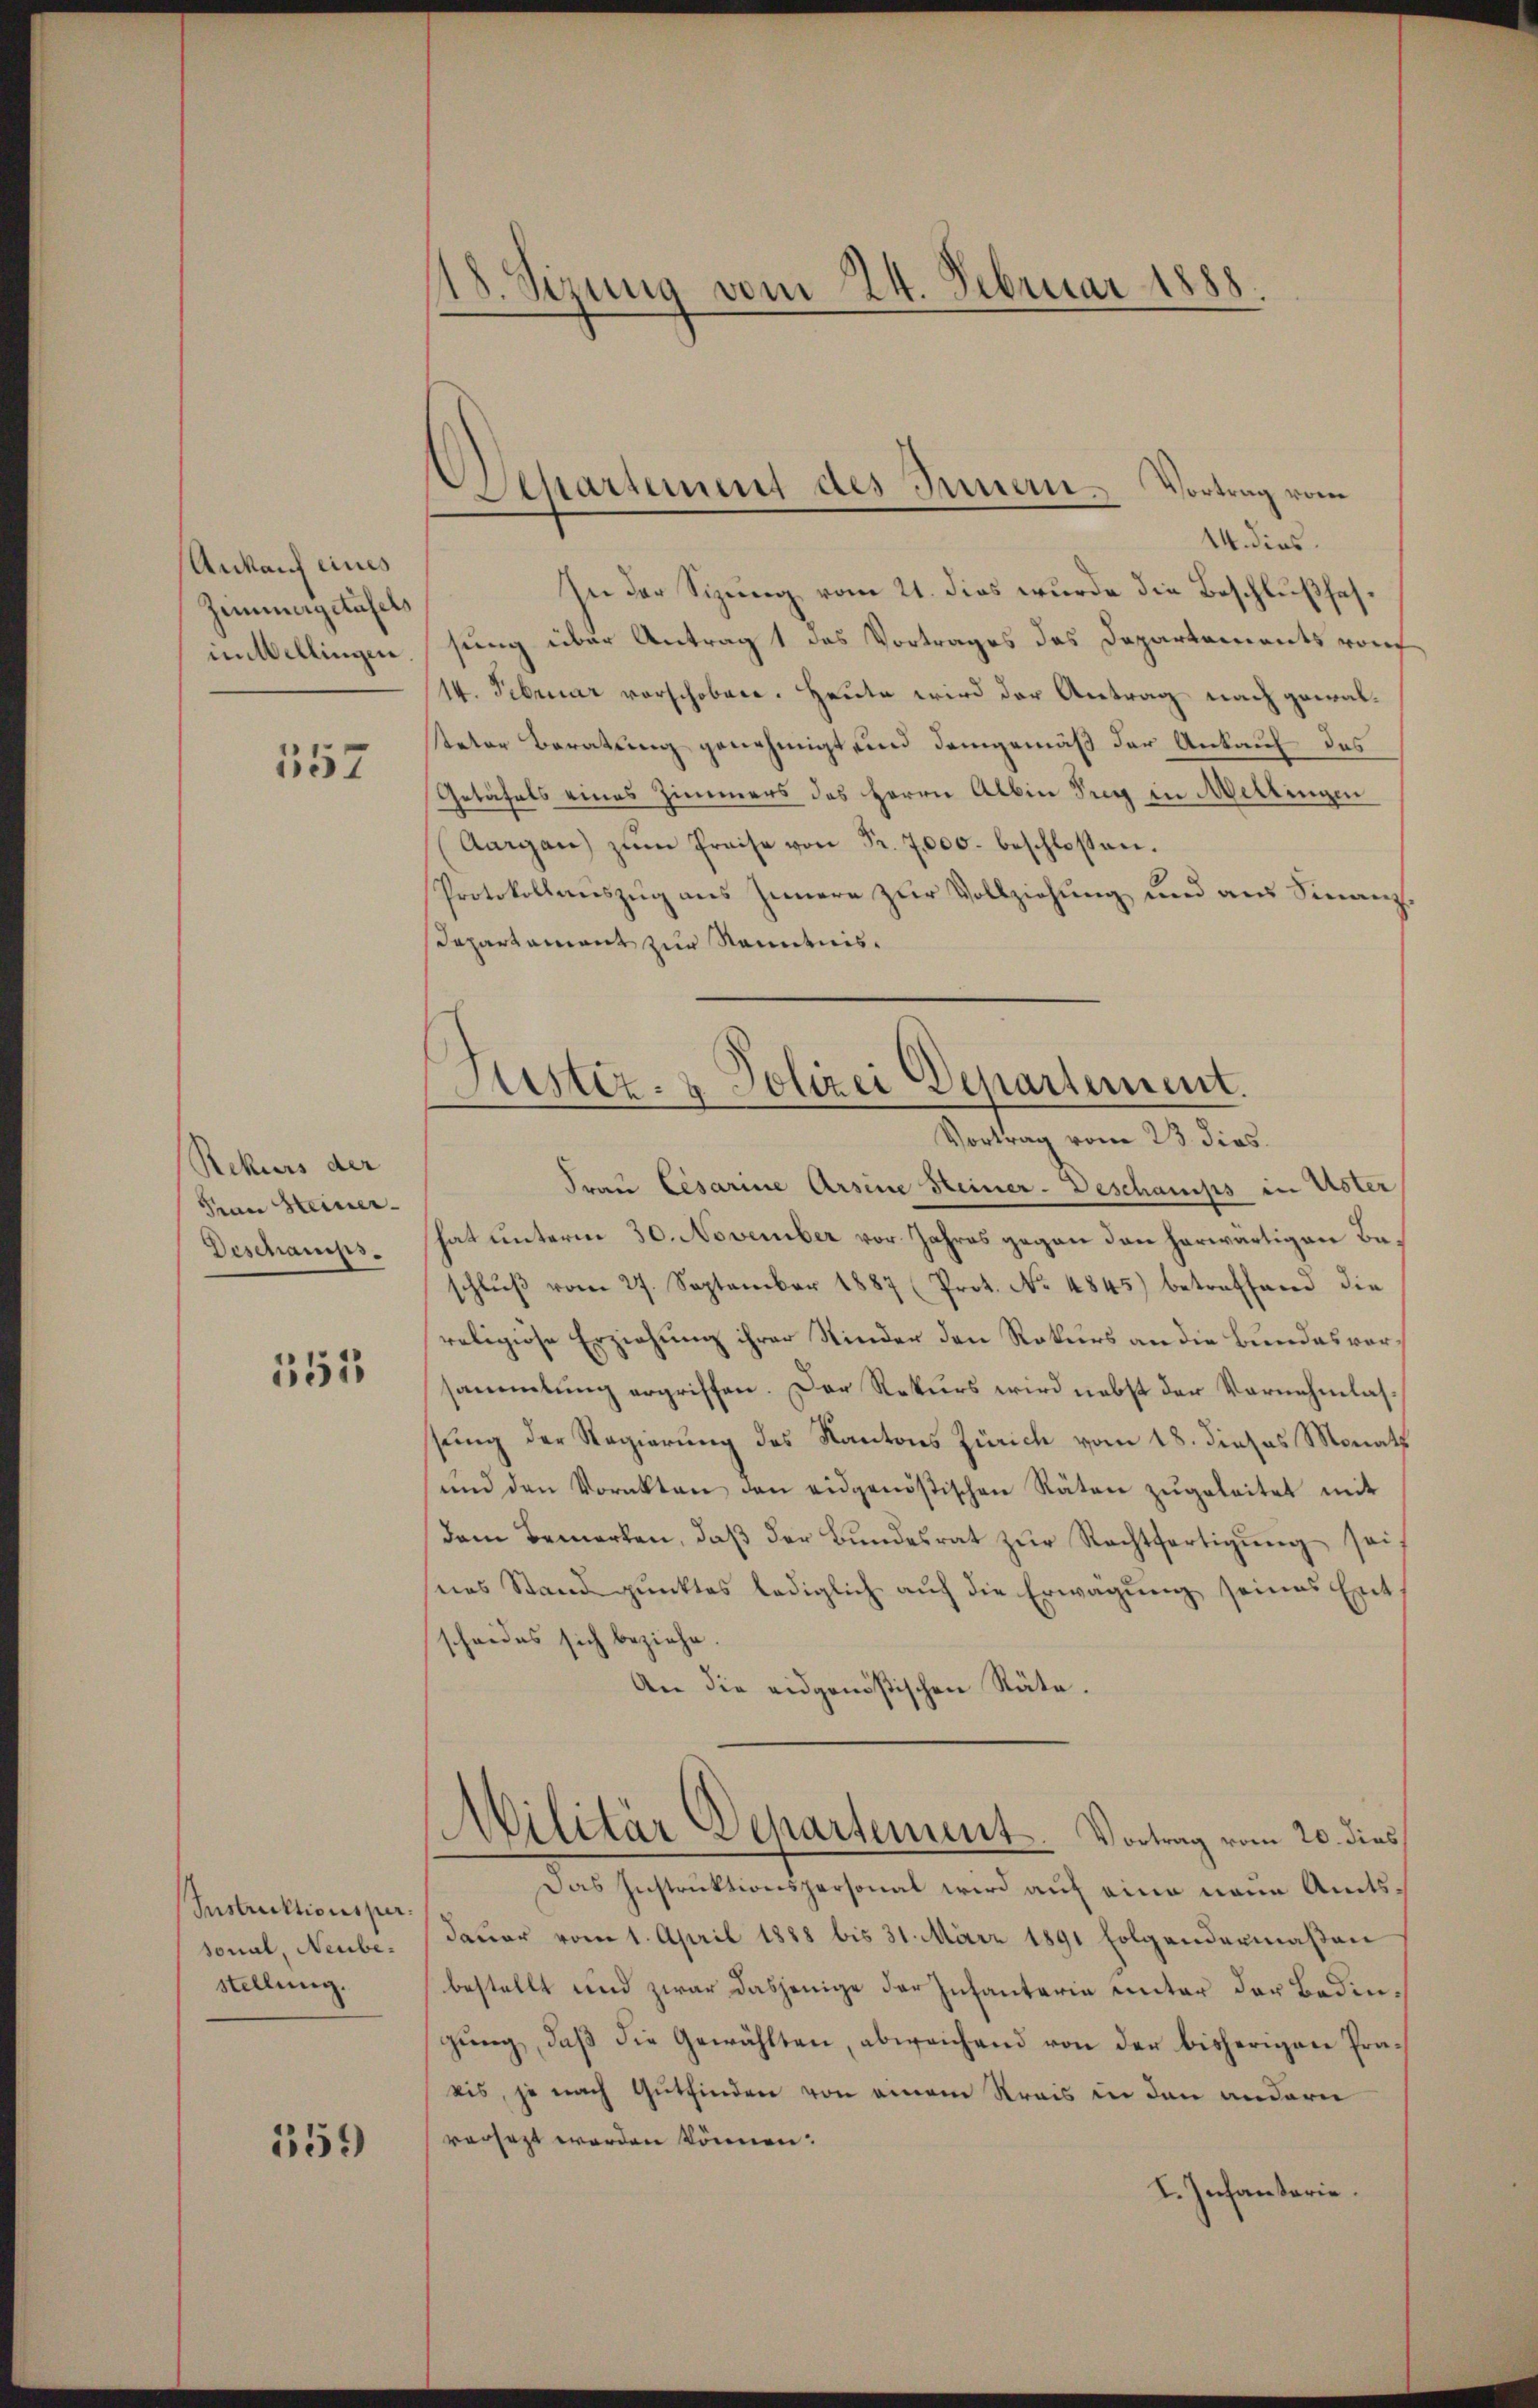
Ankauf eines
Zimmergetasels
inWellingen

157

Rekurs der
Frau Steiner
Beschamps.

355

Instruktionsper.
sonal, Neubestellung.

159

18. Sizung vom 24. Februar 1888.

Departement des Innern. Vortrag vom

14. dies
In der Sizung vom 21. dies wurde die Beschlußsat
sung über Antrag 1 des Vortrages des Departements von
14. Februar vorschobene. Heute wird der Antrag nach gewal¬
Retor Beratung genehmigt, und demgemäß der Ankauf des
Getäfels eines Zimmers des Herrn Albin Teig in Mellingen
Aargau) zŭm Preise von Fr. 7000. beschlossen.
Protokollenszug aus Innere zur Vollziehung und aus Finanz¬
Departament zur Kenntnis¬

Sistiz- & Polizei Departement.
Vortrag vom 23. dies.

Frau Lesarine Arsine Steiner-Beschamps in Uster
hat unterm 30. November vor Jahres gegen den herwärtigen Beschlŭβ vom 27. September 1887 (Prot. No 4845) betreffend die
religiose Erziehung ihrer Kinder den Rekurs an die Bundesvorsammlung ergriffen. Der Rekurs wird nebst der Vornehmlassung der Regierung des Kantons Zürich vom 18. dieses Monath
und den Vorakten den eidgenößischen Räten zŭgeleitet mit
Dem Bemerken, daβ der Bŭndesrat zŭr Rechtfertigŭng sei
nes Standpunktes lediglich auf die Erwägung seines Ent
scheides sich beziehe
An die eidgenößischen Räte.
Militär Departement. Vortrag vom 20. dies
Das Instruktionspersonal wird auf eine neue Amtsdauer vom 1. April 1888 bis 31. März 1891 folgendermaßen
bestellt und zwar dasjenige der Infanterie unter der Bedingŭng, daβ die Gewählten, abweichend von der bisherigen Präbis, je nach Gutfinden von einem Krais in den andern
versezt worden können:
I. Infantarie.